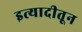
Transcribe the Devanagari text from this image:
इत्यादीतून